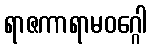
ရာဇကာရာမဝဂ္ဂေါ